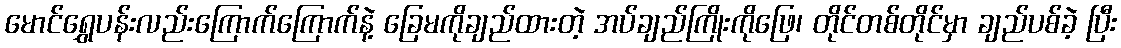
မောင်ရွှေပန်းလည်းကြောက်ကြောက်နဲ့ ခြေမကိုချည်ထားတဲ့ အပ်ချည်ကြိုးကိုဖြေ၊ တိုင်တစ်တိုင်မှာ ချည်ပစ်ခဲ့ ပြီး